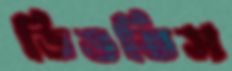
ডিঙতিস